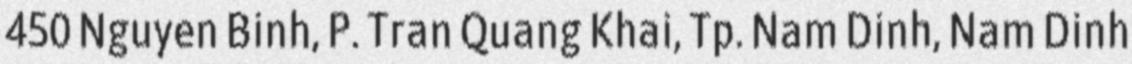
450 Nguyen Binh, P. Tran Quang Khai, Tp. Nam Dinh, Nam Dinh